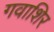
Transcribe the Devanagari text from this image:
गवाशिर